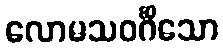
လောမသဝင်္ဂိသော